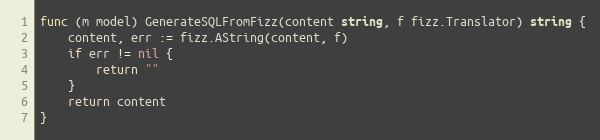
Language: Go
func (m model) GenerateSQLFromFizz(content string, f fizz.Translator) string {
	content, err := fizz.AString(content, f)
	if err != nil {
		return ""
	}
	return content
}